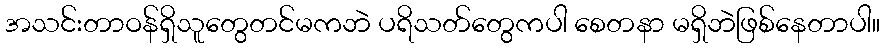
အသင်းတာဝန်ရှိသူတွေတင်မကဘဲ ပရိသတ်တွေကပါ စေတနာ မရှိဘဲဖြစ်နေတာပါ။